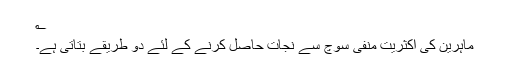
؎
ماہرین کی اکثریت منفی سوچ سے نجات حاصل کرنے کے لئے دو طریقے بتاتی ہے۔